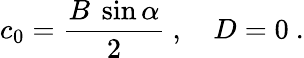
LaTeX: c_{0}=\frac{B~\sin\alpha}2~,~~~~D=0~.